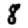
Digit: 8